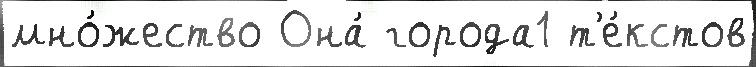
мно́жество Она́ города1 т'е́кстов